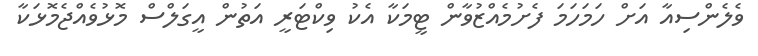
ވެލެންސިއާ އަށް ހަމަހަމަ ފެށުމެއްޒުވާން ޓީމަކާ އެކު ވިކްޓަރީ އަތުން އީގަލްސް މޮޅުވެއްޖެމޮޅަކާ